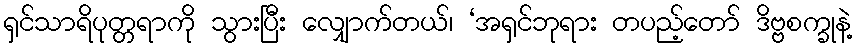
ရှင်သာရိပုတ္တရာကို သွားပြီး လျှောက်တယ်၊ ‘အရှင်ဘုရား တပည့်တော် ဒိဗ္ဗစက္ခုနဲ့